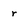
Character: r